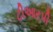
ટીઆરપી